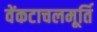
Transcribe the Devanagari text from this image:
वेंकटाचलमूर्ति